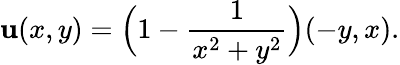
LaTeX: {\mathbf u}(x,y)=\Big(1-\frac{1}{x^{2}+y^{2}}\Big)(-y,x).